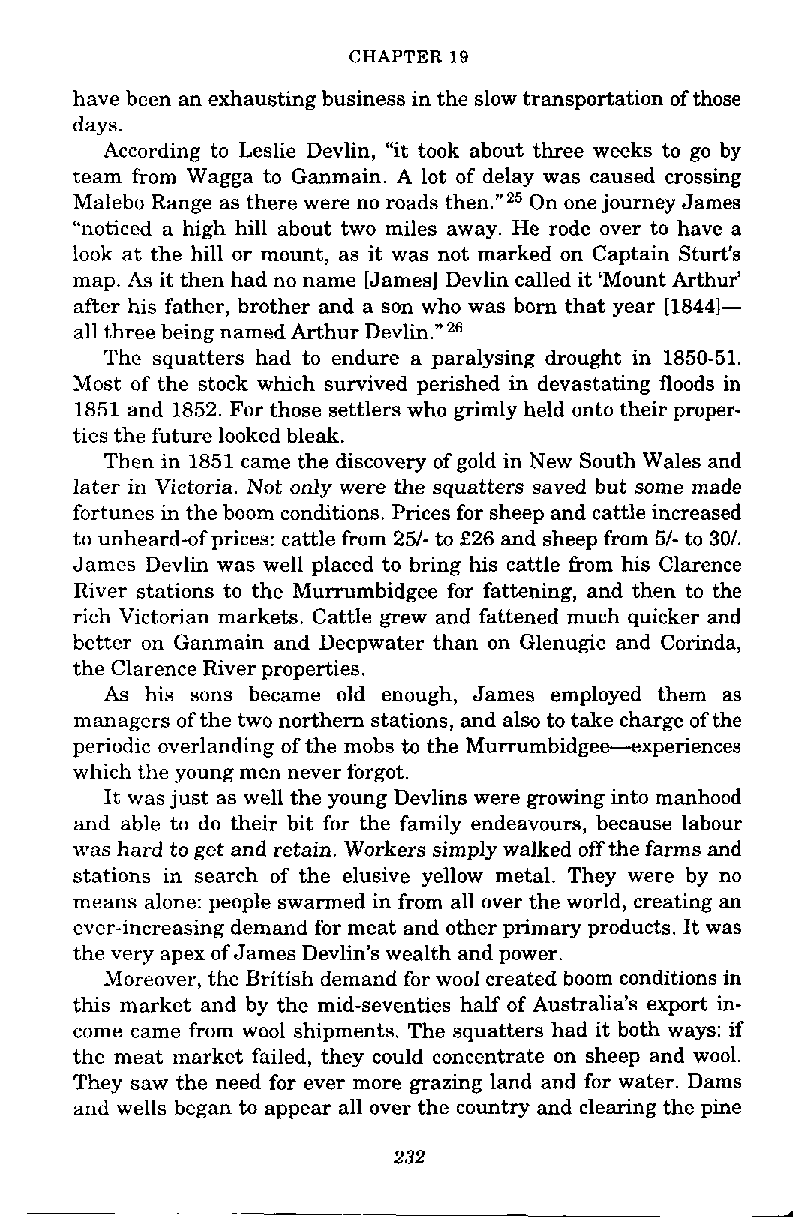
CHAPTER 19
 have been an exhausting business in the slow transportation of those
 days.
 According to Leslie Devlin, "it took about three weeks to go by
 team from Wagga to Ganmain. A lot of delay was caused crossing
 Malebo Range as there were no roads then."25O n one journey James
 "noticed a high hill about two miles away. He rode over to have a
 look at the hill or mount, as it was not marked on Captain Sturt's
 map. As it then had no name [James] Devlin called it 'Mount Arthur'
 after his father, brother and a son who was born that year 118441-
 all three being named Arthur Devlin." 26
 The squatters had to endure a paralysing drought in 1850-51.
 Most of the stock which survived perished in devastating floods in
 1851 and 1852. For those settlers who grimly held onto their proper-
 ties the future looked bleak.
 Then in 1851 came the discovery of gold in New South Wales and
 later in Victoria. Not only were the squatters saved but some made
 fortunes in the boom conditions. Prices for sheep and cattle increased
 to unheard-of prices: cattle from 251- to £26 and sheep from 51- to 301.
 James Devlin was well placed to bring his cattle from his Clarence
 River stations to the Murrumbidgee for fattening, and then to the
 rich Victorian markets. Cattle grew and fattened much quicker and
 better on Ganmain and Deepwater than on Glenugie and Corinda,
 the Clarence River properties.
 As his sons became old enough, James employed them as
 managers of the two northern stations, and also to take charge of the
 periodic overlanding of the mobs to the Murrumbidgee-experiences
 which the young men never forgot.
 It was just as well the young Devlins were growing into manhood
 and able to do their bit for the family endeavours, because labour
 was hard to get and retain. Workers simply walked off the farms and
 stations in search of the elusive yellow metal. They were by no
 means alone: people swarmed in from all over the world, creating an
 ever-increasing demand for meat and other primary products. It was
 the very apex of James Devlin's wealth and power.
 Moreover, the British demand for wool created boom conditions in
 this market and by the mid-seventies half of Australia's export in-
 come came from wool shipments. The squatters had it both ways: if
 the meat market failed, they could concentrate on sheep and wool.
 They saw the need for ever more grazing land and for water. Dams
 and wells began to appear all over the country and clearing the pine